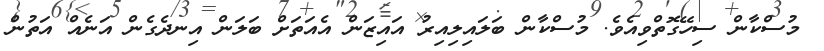
މުސްކާން ސިހޭގޮތްވިއެވެ. މުސްކާން ބަލައިލިއިރު އައިޒަން އެއަތަށް ބަލަން އިނދެގެން އަނެއް އަތުން